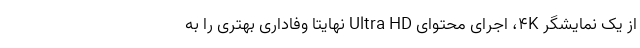
از یک نمایشگر 4K، اجرای محتوای Ultra HD نهایتا وفاداری بهتری را به